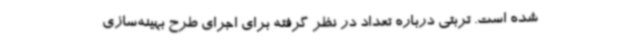
شده است. تربتی درباره‌ تعداد در نظر گرفته برای اجرای طرح بهینه‌سازی